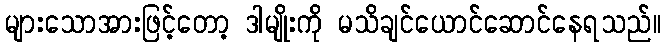
များသောအားဖြင့်တော့ ဒါမျိုးကို မသိချင်ယောင်ဆောင်နေရသည်။